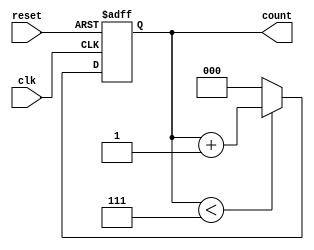
module divide_by_n_counter #(
    parameter N = 8 // Default value for N, can be overridden
)(
    input wire clk,       // Clock input
    input wire reset,     // Asynchronous reset input
    output reg [$clog2(N)-1:0] count // Output count
);

    // Always block triggered on the rising edge of the clock or the reset signal
    always @(posedge clk or posedge reset) begin
        if (reset) begin
            count <= 0; // Reset the count to zero
        end else begin
            if (count < N - 1) begin
                count <= count + 1; // Increment the count
            end else begin
                count <= 0; // Reset the count to zero when reaching N-1
            end
        end
    end

endmodule